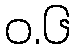
ဝ.၆